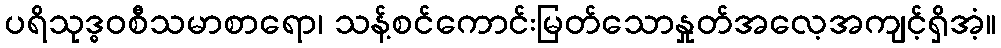
ပရိသုဒ္ဓဝစီသမာစာရော၊ သန့်စင်ကောင်းမြတ်သောနှုတ်အလေ့အကျင့်ရှိအံ့။